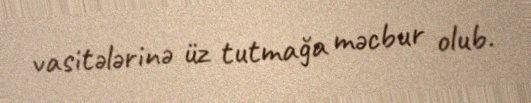
vasitələrinə üz tutmağa məcbur olub.